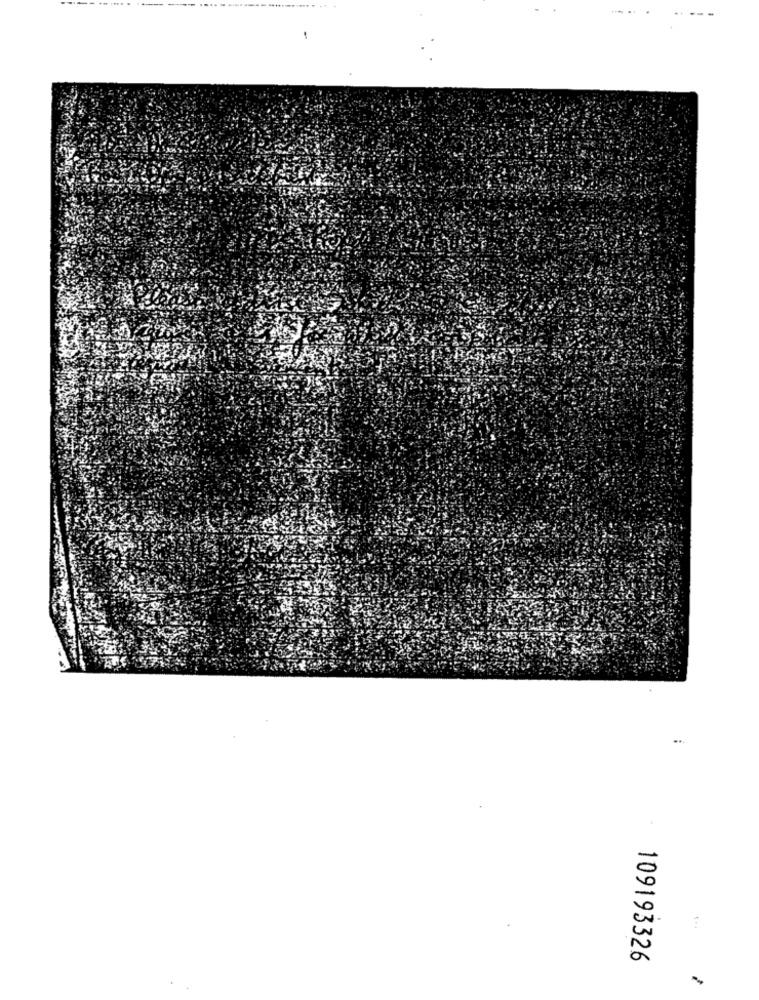
..
١٠٠
109193326